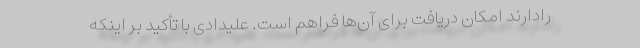
رادارند امکان دریافت برای آن‌ها فراهم است. علیدادی با تأکید بر اینکه